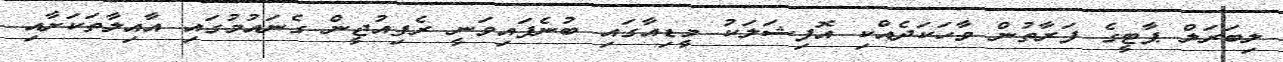
ލިބަރަލް ޕާޓީގެ ފަރާތުން ވާހަކަދެއްކި އޮފިޝަލަކު މީޑިއާގައި ބުނެފައިވަނީ ރެފިއުޖީން ގެނައުމުގައި އާއިލާތަކަށާއި